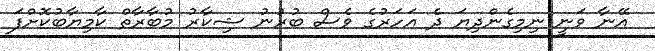
އޭނާ ވަނީ ނިމިގެންދިޔަ ދެ އަހަރުގެ ވެސް ބުރުނު ޝިކާރު މުބާރާތް ކާމިޔާބުކޮށްފަ